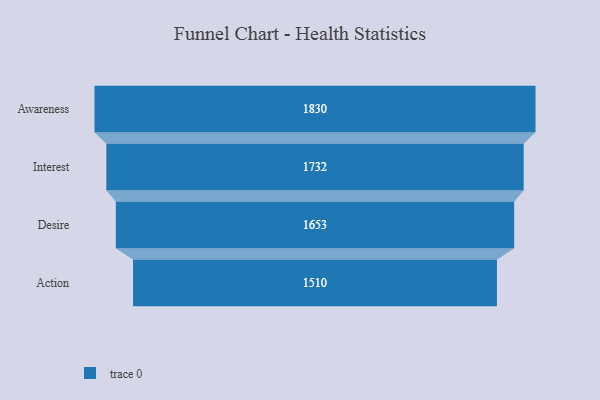
{"axis": {"x": "Stage", "y": "Value"}, "legend": [""], "data": [{"x": "Awareness", "y": 1830.0, "type": ""}, {"x": "Interest", "y": 1732.0, "type": ""}, {"x": "Desire", "y": 1653.0, "type": ""}, {"x": "Action", "y": 1510.0, "type": ""}]}